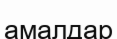
амалдар